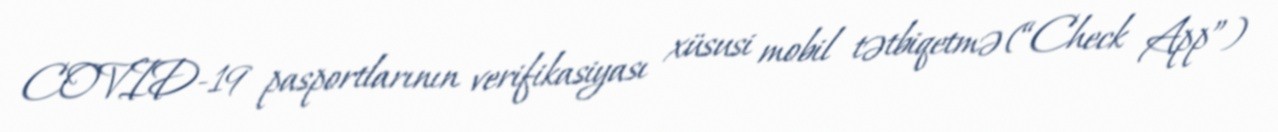
COVID-19 pasportlarının verifikasiyası xüsusi mobil tətbiqetmə (“Check App”)